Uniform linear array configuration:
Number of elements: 12
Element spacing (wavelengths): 0.75
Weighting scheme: hann
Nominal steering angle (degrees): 15
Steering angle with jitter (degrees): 14.507
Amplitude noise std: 0.05
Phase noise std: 0.05

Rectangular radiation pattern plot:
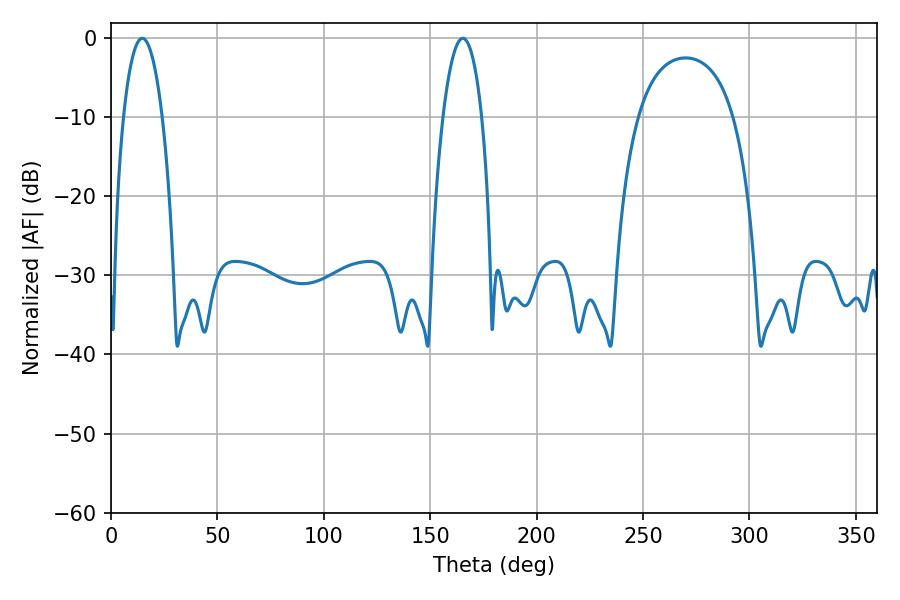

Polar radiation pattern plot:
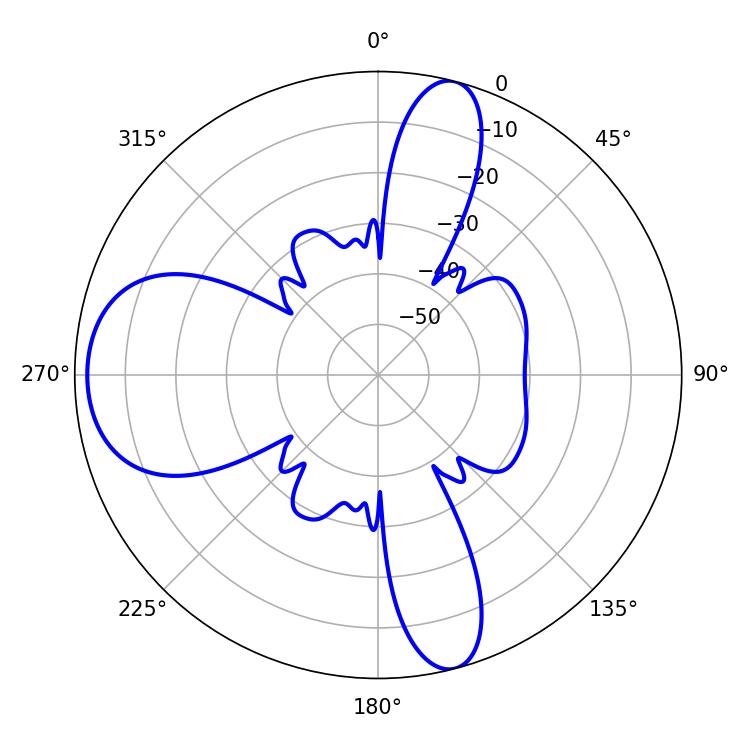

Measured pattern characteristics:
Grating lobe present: TRUE
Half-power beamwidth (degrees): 10.08
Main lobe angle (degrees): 14.76